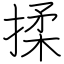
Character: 揉